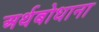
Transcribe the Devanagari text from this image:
अर्थबोधाना